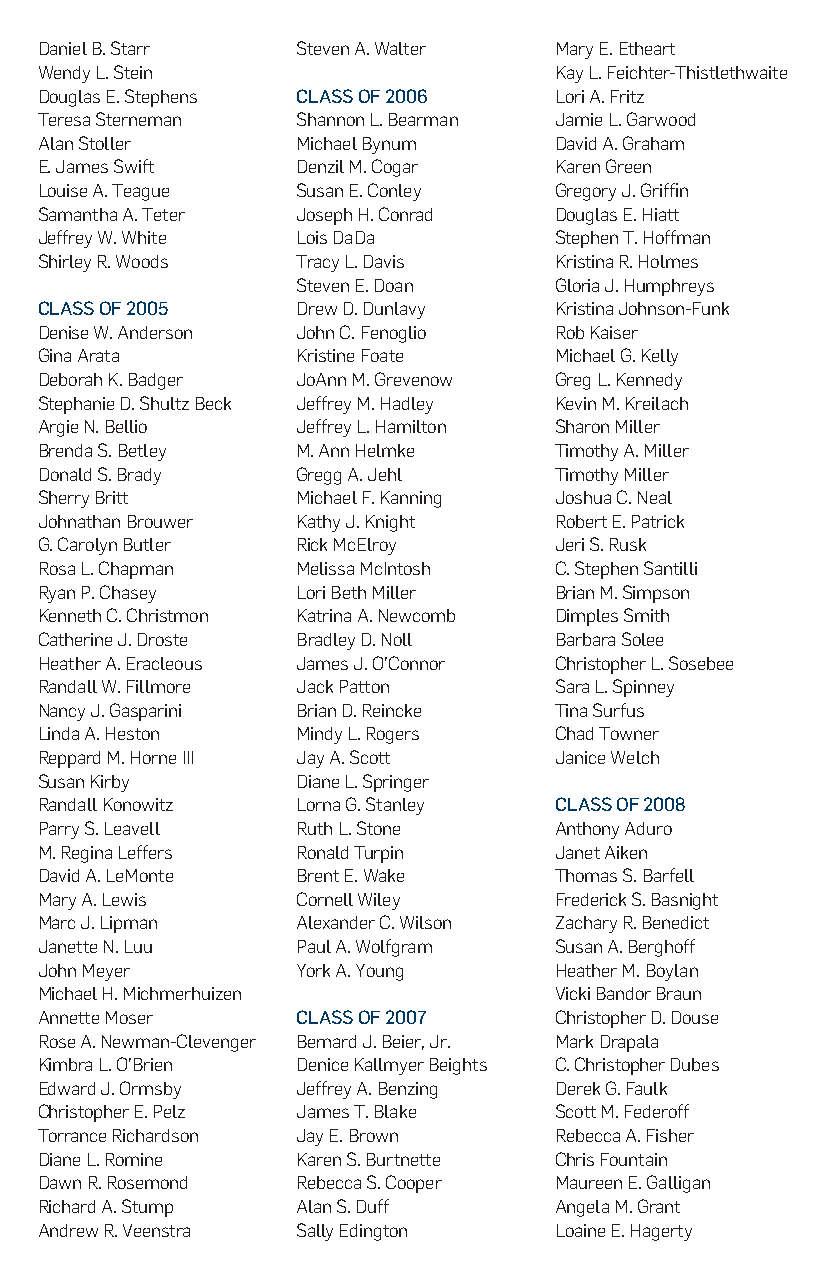
Daniel B. Starr   Steven A. Walter Mary E. Etheart
 Wendy L. Stein                     Kay L. Feichter-Thistlethwaite
 Douglas E. Stephens CLASS OF 2006  Lori A. Fritz
 Teresa Sterneman  Shannon L. Bearman Jamie L. Garwood
 Alan Stoller      Michael Bynum    David A. Graham
 E. James Swift    Denzil M. Cogar  Karen Green
 Louise A. Teague  Susan E. Conley  Gregory J. Griffin
 Samantha A. Teter Joseph H. Conrad Douglas E. Hiatt
 Jeffrey W. White  Lois DaDa        Stephen T. Hoffman
 Shirley R. Woods  Tracy L. Davis   Kristina R. Holmes
 Steven E. Doan   Gloria J. Humphreys
 CLASS OF 2005     Drew D. Dunlavy  Kristina Johnson-Funk
 Denise W. Anderson John C. Fenoglio Rob Kaiser
 Gina Arata        Kristine Foate   Michael G. Kelly
 Deborah K. Badger JoAnn M. Grevenow Greg L. Kennedy
 Stephanie D. Shultz Beck Jeffrey M. Hadley Kevin M. Kreilach
 Argie N. Bellio   Jeffrey L. Hamilton Sharon Miller
 Brenda S. Betley  M. Ann Helmke    Timothy A. Miller
 Donald S. Brady   Gregg A. Jehl    Timothy Miller
 Sherry Britt      Michael F. Kanning Joshua C. Neal
 Johnathan Brouwer Kathy J. Knight  Robert E. Patrick
 G. Carolyn Butler Rick McElroy     Jeri S. Rusk
 Rosa L. Chapman   Melissa McIntosh C. Stephen Santilli
 Ryan P. Chasey    Lori Beth Miller Brian M. Simpson
 Kenneth C. Christmon Katrina A. Newcomb Dimples Smith
 Catherine J. Droste Bradley D. Noll Barbara Solee
 Heather A. Eracleous James J. O’Connor Christopher L. Sosebee
 Randall W. Fillmore Jack Patton    Sara L. Spinney
 Nancy J. Gasparini Brian D. Reincke Tina Surfus
 Linda A. Heston   Mindy L. Rogers  Chad Towner
 Reppard M. Horne III Jay A. Scott  Janice Welch
 Susan Kirby       Diane L. Springer
 Randall Konowitz  Lorna G. Stanley CLASS OF 2008
 Parry S. Leavell  Ruth L. Stone    Anthony Aduro
 M. Regina Leffers Ronald Turpin    Janet Aiken
 David A. LeMonte  Brent E. Wake    Thomas S. Barfell
 Mary A. Lewis     Cornell Wiley    Frederick S. Basnight
 Marc J. Lipman    Alexander C. Wilson Zachary R. Benedict
 Janette N. Luu    Paul A. Wolfgram Susan A. Berghoff
 John Meyer        York A. Young    Heather M. Boylan
 Michael H. Michmerhuizen           Vicki Bandor Braun
 Annette Moser     CLASS OF 2007    Christopher D. Douse
 Rose A. Newman-Clevenger Bernard J. Beier, Jr. Mark Drapala
 Kimbra L. O’Brien Denice Kallmyer Beights C. Christopher Dubes
 Edward J. Ormsby  Jeffrey A. Benzing Derek G. Faulk
 Christopher E. Pelz James T. Blake Scott M. Federoff
 Torrance Richardson Jay E. Brown   Rebecca A. Fisher
 Diane L. Romine   Karen S. Burtnette Chris Fountain
 Dawn R. Rosemond  Rebecca S. Cooper Maureen E. Galligan
 Richard A. Stump  Alan S. Duff     Angela M. Grant
 Andrew R. Veenstra Sally Edington  Loaine E. Hagerty